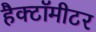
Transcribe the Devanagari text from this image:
हैक्टॉमीटर